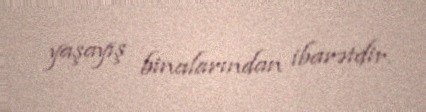
yaşayış binalarından ibarətdir.